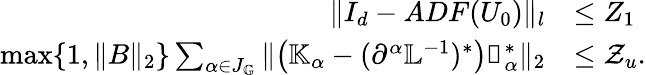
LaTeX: \begin{array}{rl}{\| I_{d}-ADF(U_{0})\| _{l}}&{\leq Z_{1}}\\ {\operatorname*{max}\{ 1,\| B\| _{2}\} \sum_{\alpha\in J_{\mathbb{G}}}\| \big(\mathbb{K}_{\alpha}-(\partial^{\alpha}\mathbb{L}^{-1})^{*}\big)\mathbb{v}_{\alpha}^{*}\| _{2}}&{\leq\mathcal{Z}_{u}.}\end{array}